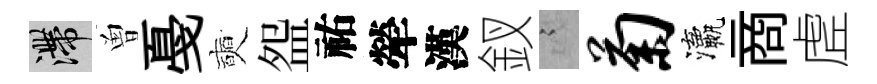
滯曽戞奭盌祐犖漢釵謭菊瀛商虗